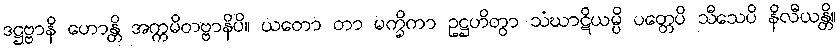
ဒဋ္ဌဗ္ဗာနိ ဟောန္တိ အက္ကမိတဗ္ဗာနိပိ။ ယတော တာ မက္ခိကာ ဥဋ္ဌဟိတွာ သံဃာဋိယမ္ပိ ပတ္တေပိ သီသေပိ နိလီယန္တိ။